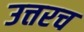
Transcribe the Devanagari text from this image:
उत्तरच